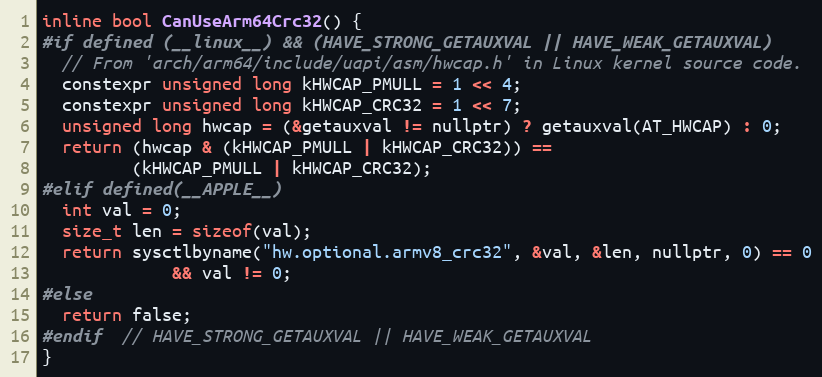
Language: C
inline bool CanUseArm64Crc32() {
#if defined (__linux__) && (HAVE_STRONG_GETAUXVAL || HAVE_WEAK_GETAUXVAL)
  // From 'arch/arm64/include/uapi/asm/hwcap.h' in Linux kernel source code.
  constexpr unsigned long kHWCAP_PMULL = 1 << 4;
  constexpr unsigned long kHWCAP_CRC32 = 1 << 7;
  unsigned long hwcap = (&getauxval != nullptr) ? getauxval(AT_HWCAP) : 0;
  return (hwcap & (kHWCAP_PMULL | kHWCAP_CRC32)) ==
         (kHWCAP_PMULL | kHWCAP_CRC32);
#elif defined(__APPLE__)
  int val = 0;
  size_t len = sizeof(val);
  return sysctlbyname("hw.optional.armv8_crc32", &val, &len, nullptr, 0) == 0
             && val != 0;
#else
  return false;
#endif  // HAVE_STRONG_GETAUXVAL || HAVE_WEAK_GETAUXVAL
}